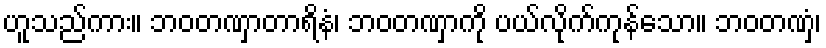
ဟူသည်ကား။ ဘဝတဏှာတာရိနံ၊ ဘဝတဏှာကို ပယ်လိုက်ကုန်သော။ ဘဝတဏှံ၊